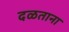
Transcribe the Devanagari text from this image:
दळताना